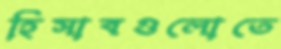
হিসাবগুলোতে